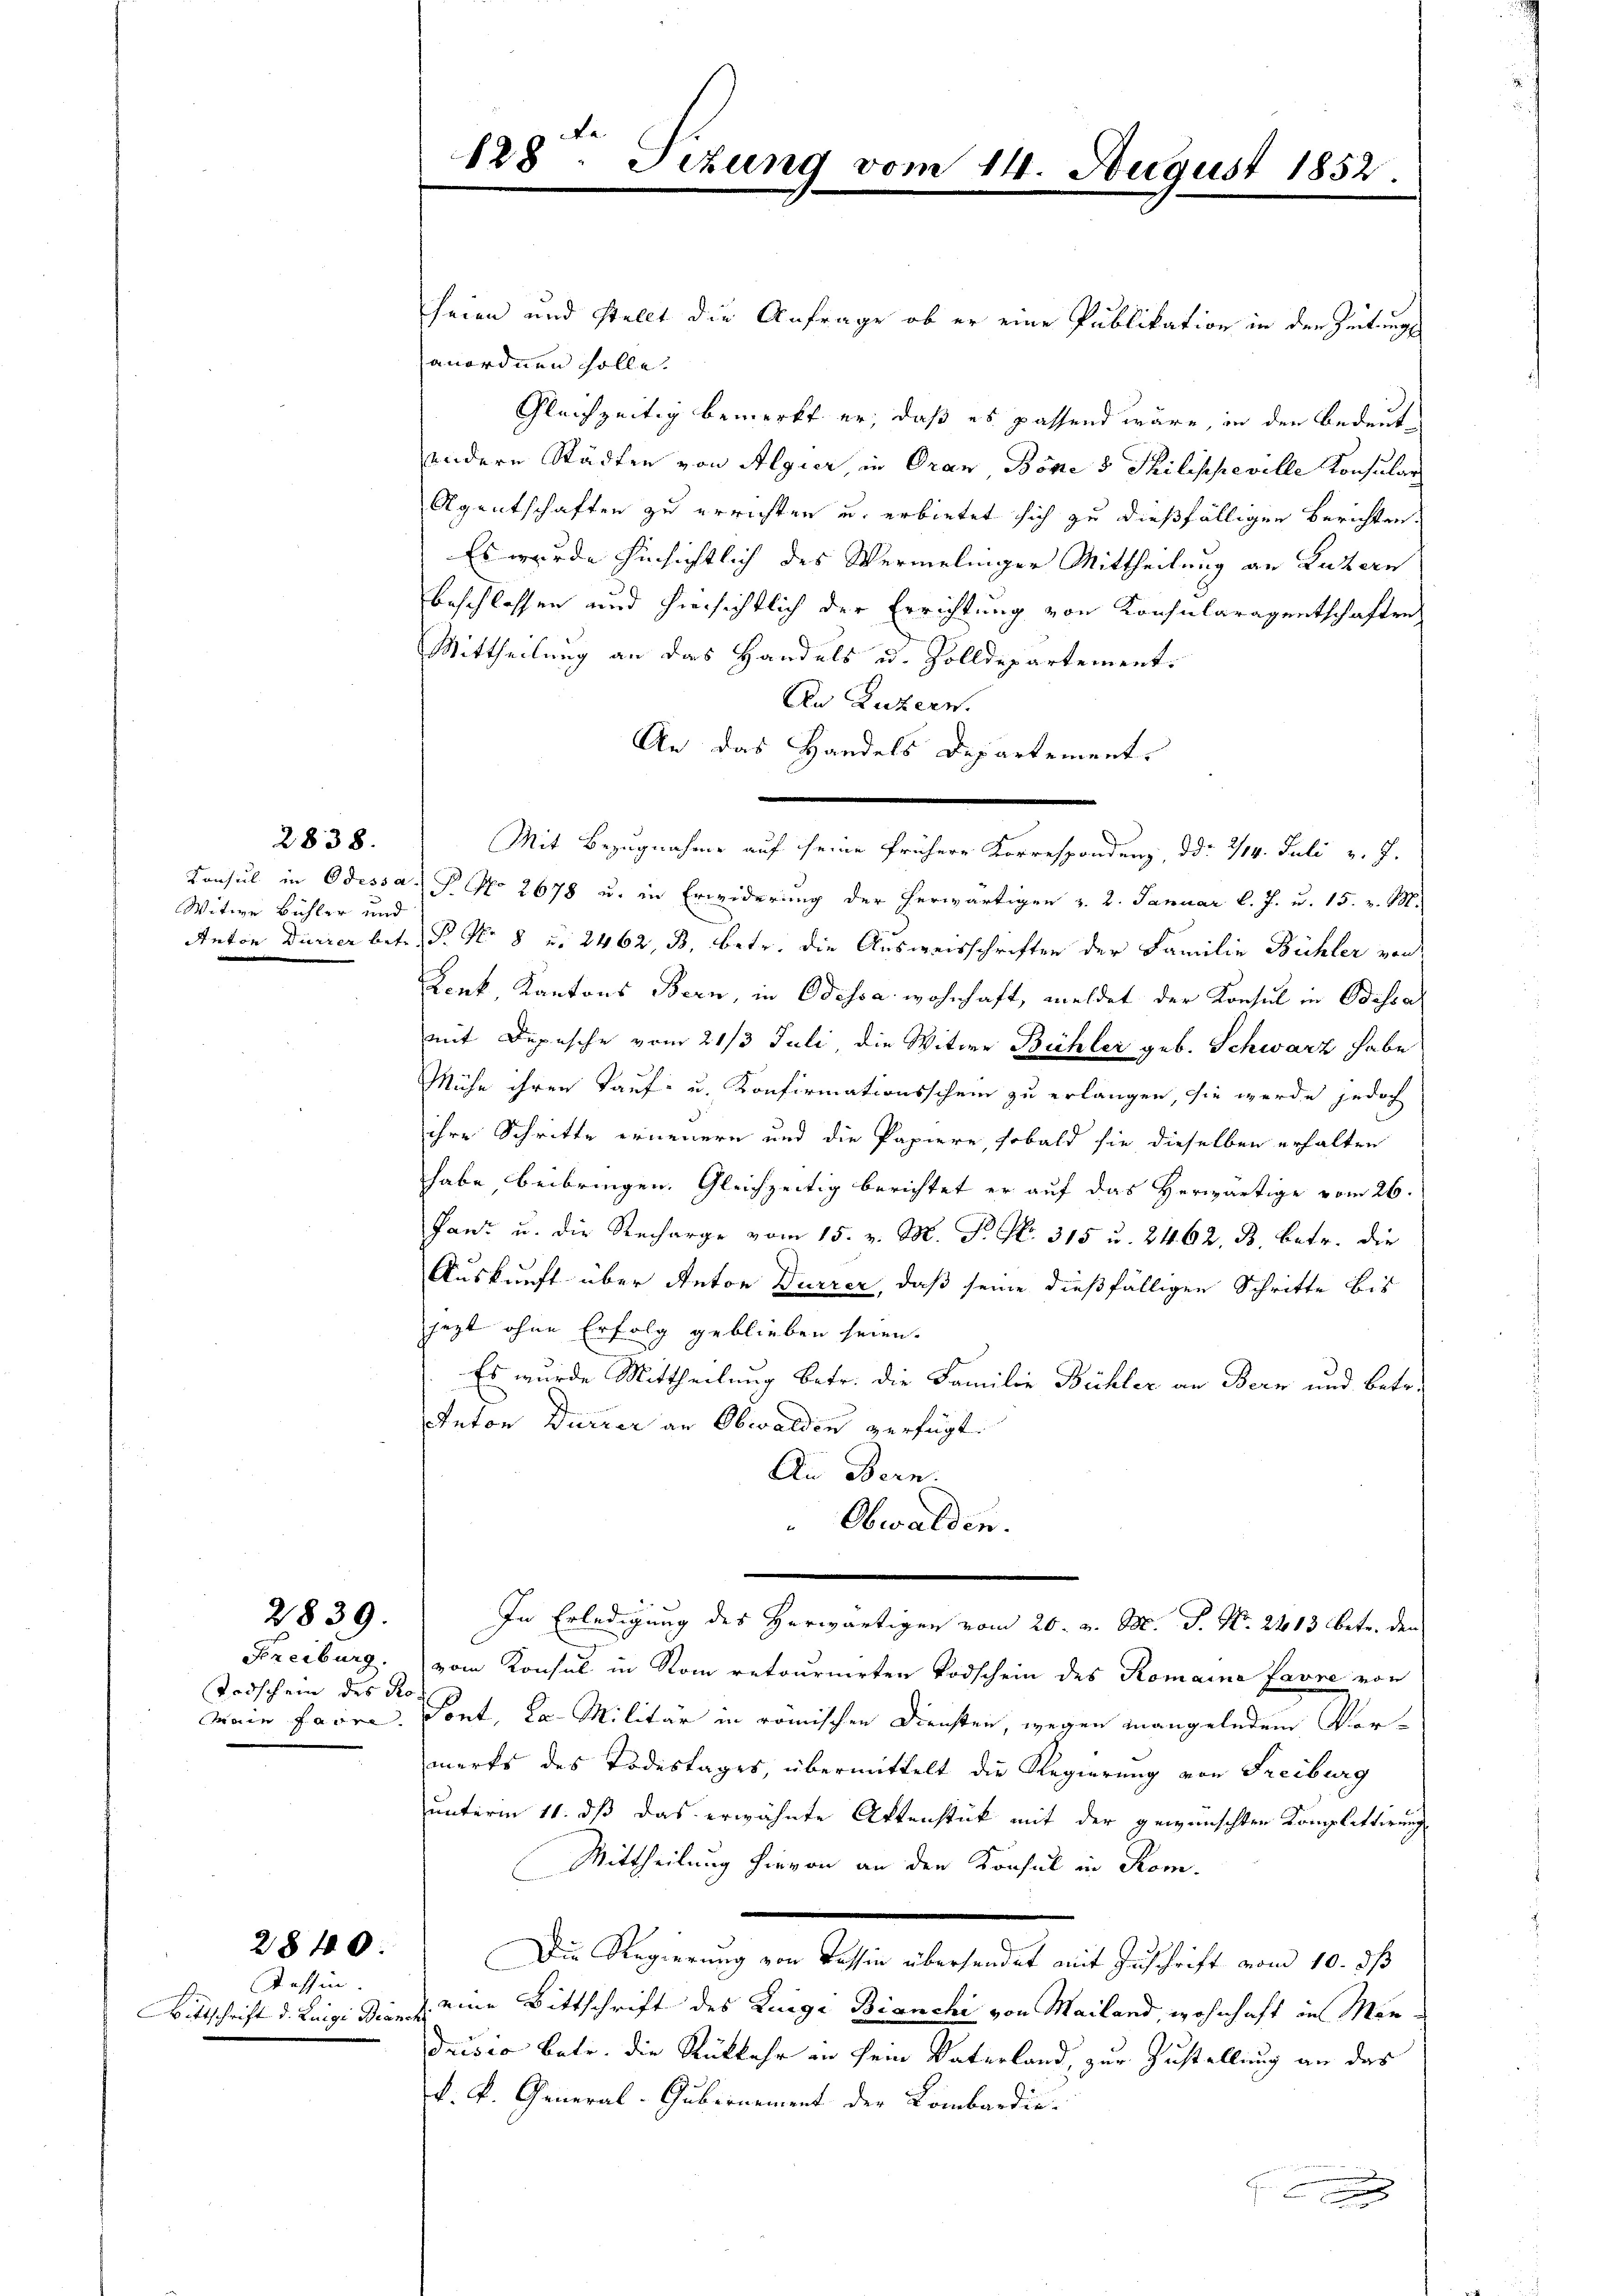
2838.

Witwe Bühler und

Todschein des Pro¬

2839.

Tessin.
Bittschrift d. Luigi Bianch

2840.

128. Sizung vom 14. August 1852.

seien und stellt die Anfrage ob er eine Publikation in den Zeitungs
anordnen solle.
Gleichzeitig bemerkt er, daß es passend wäre, in den Bedeut
sondere Städten von Algier, in Oran Böni & Philischeville Konsular
Agentschaften zu errichten u. erbietet sich zu dießfälligen Berichten.
Es wurde hinsichtlich des Wermelinger Mittheilung an Luzern
beschlossen und hiersichtlich der Errichtung von Konsularagentschaften
Mittheilung an das Handels u. Zolldepartement.
An Luzern.
An das Handels Departement.
Mit Bezugnahme auf seine frühere Korrespondenz, d d. 214. Juli v. J.
Konsul in Odessa P. No 2678 u. in Erwiderung der herwärtigen v. 2. Januar l. J. u. 15. v. M.
Anton Dürrer betr. P. Nr. 8 u. 2462, B. betr. die Ausweisschriften der Familie Bühler von
Lenk, Kantons Bern, in Odessa wohnhaft, meldet der Konsul in Odessa
mit Depesche vom 21/3 Juli, die Witwe Büchler geb. Schwarz habe
Mühe ihren Tauf- u. Konfirmationsschein zu erlangen, sie werde jedoch
ihre Schritte erneuern und die Papiere, sobald sie dieselben erhalten
habe, beibringen. Gleichzeitig berichtet er auf das Herwärtige vom 26.
Janz u. die Recharge vom 15. v. M. P. No. 315 u. 2462. B. betr. die
Auskunft über Anton Dürrer, daß seine dießfälligen Schritte bis
jezt ohne Erfolg geblieben seien.
Es wurde Mittheilung betr. die Familie Bühler an Bern und betr.
Anton Dürrer an Obwalden verfügt:
Au Bern.
Obwalden.
In Erledigung des herwärtigen vom 20. v. M. P. Nr. 2413 betr. den
Freiburg. vom Konsul in Rom retournirten Todschein des Romaina Favre von
Main faire. Sont, la Militär in römischen Diensten, wegen mangelndem Vorwerks des Todestages, übermittelt die Regierung von Freiburg
unterm 11. dß das erwähnte Attenstück mit der gewünschten Komplittirung
Mittheilung hievon an den Konsul in Rom.
Die Regierung von Tessin übersendet mit Zuschrift vom 10. ds
eine Bittschrift des Liege Bianchi von Mailand, wohnhaft in Man¬
Drisis betr. die Rückkehr in sein Vaterland, zur Zustellung an das
k. k. General-Gubernement der Lombardie